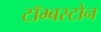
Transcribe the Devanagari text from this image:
टॉम्बस्टोन